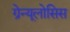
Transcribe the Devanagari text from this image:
ग्रेन्यूलोसिस